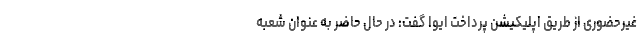
غیرحضوری از طریق اپلیکیشن پرداخت ایوا گفت: در حال حاضر به عنوان شعبه